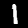
Digit: 1